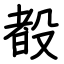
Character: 殾